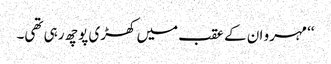
‘‘ مہرو ان کے عقب میں کھڑی پوچھ رہی تھی۔